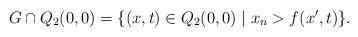
LaTeX: \begin{align*}G \cap Q_{2}(0,0) = \{(x, t)\in Q_{2}(0,0)\mid x_n > f(x',t)\}.\end{align*}